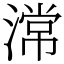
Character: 𣻸